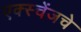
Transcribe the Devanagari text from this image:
एक्स्चेंजचे